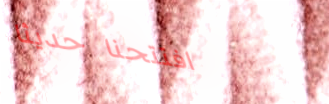
افتتحنا حديثاً